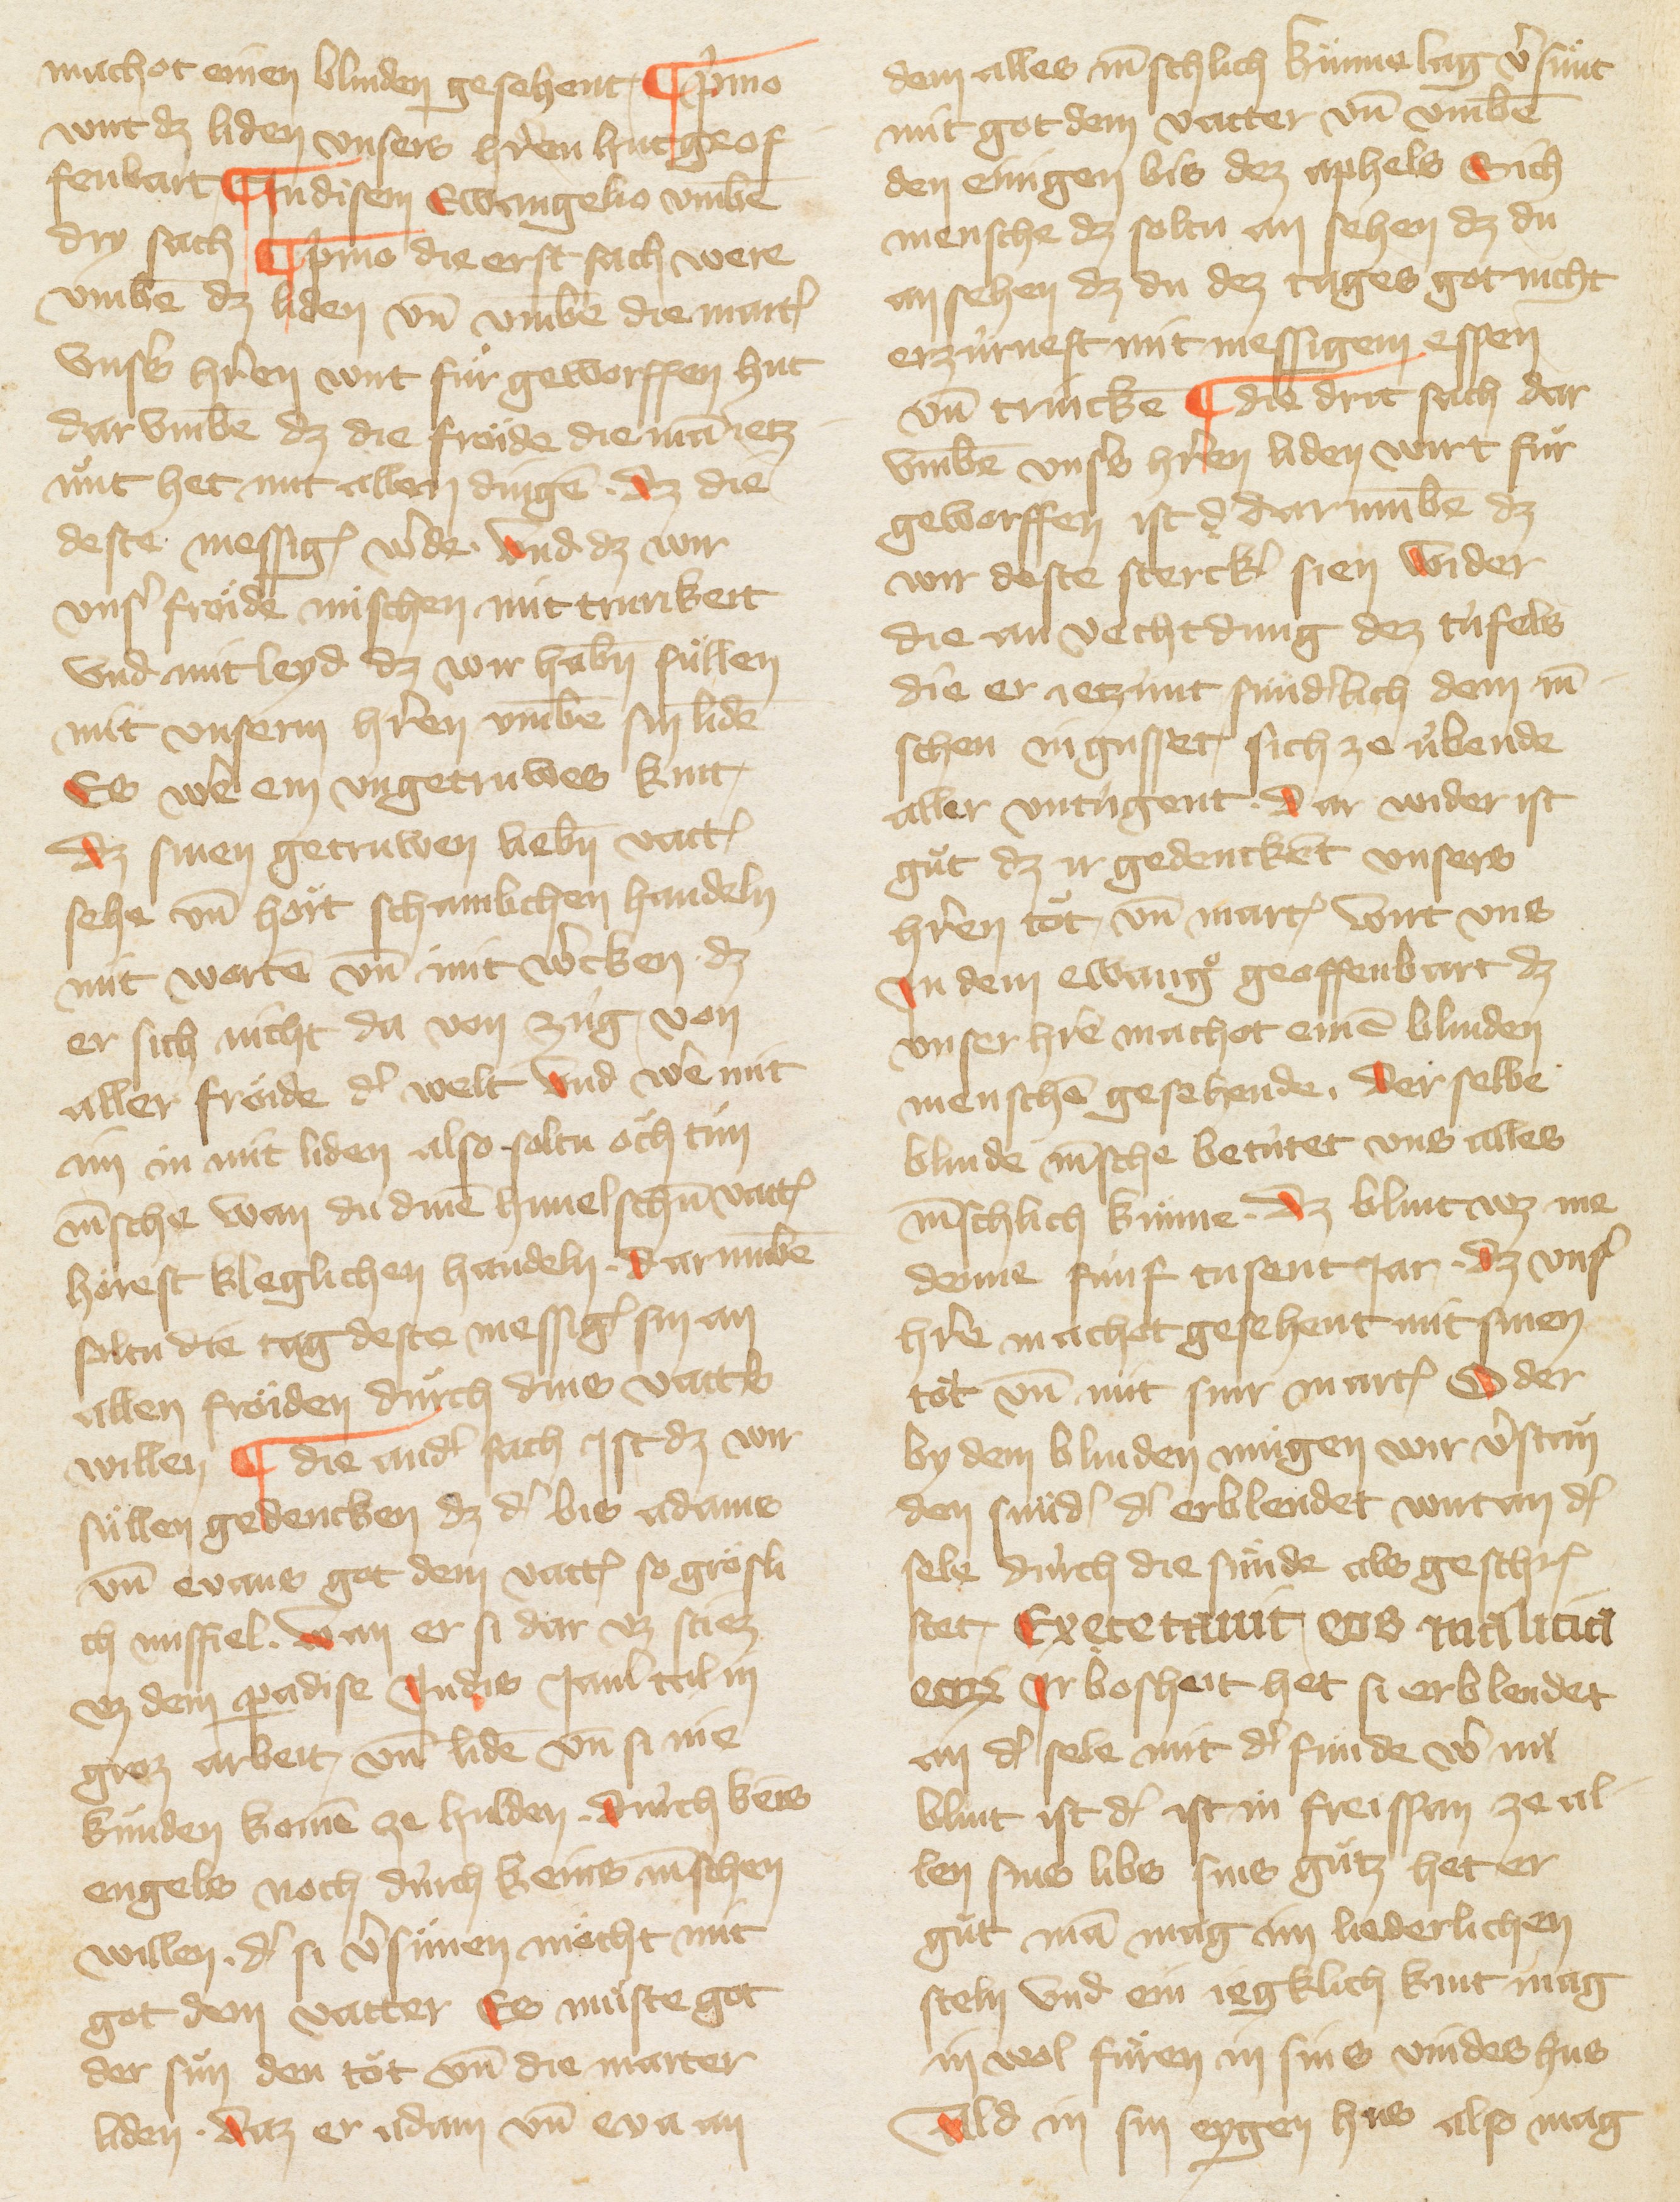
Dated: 1385–1415